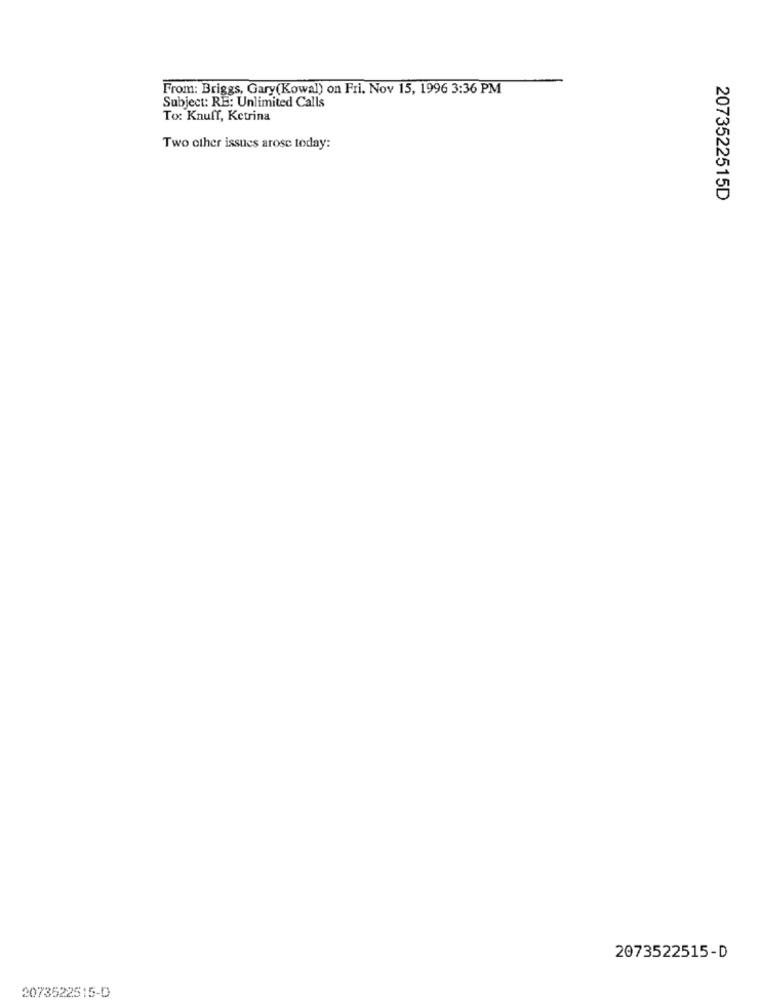
From: Briggs, Gary(Kowal) on Fri. Nov 15, 1996 3:36 PM
Subject: RE: Unlimited Calls
Tox: Knuff, Ketrina
Two other issues arose today:
2073522515D
2073522515-D
2073522515-D